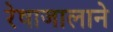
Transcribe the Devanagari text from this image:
रेषाजालाने